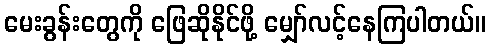
မေးခွန်းတွေကို ဖြေဆိုနိုင်ဖို့ မျှော်လင့်နေကြပါတယ်။